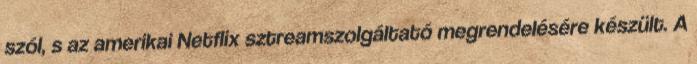
szól, s az amerikai Netflix sztreamszolgáltató megrendelésére készült. A